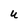
Character: U